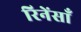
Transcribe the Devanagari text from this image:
रिनेंसाँ